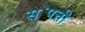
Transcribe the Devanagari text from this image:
स॓पत्ती